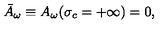
\bar { A } _ { \omega } \equiv A _ { \omega } ( \sigma _ { c } = + \infty ) = 0 ,